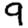
Digit: 9